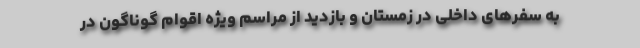
به سفرهای داخلی در زمستان و بازدید از مراسم ویژه اقوام گوناگون در